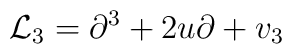
{\mathcal L}_{3}=\partial^{3}+2u\partial+v_3